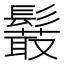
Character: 𩯍